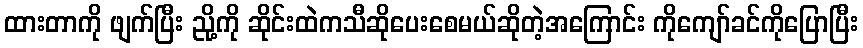
ထားတာကို ဖျက်ပြီး ညို့ကို ဆိုင်းထဲကသီဆိုပေးစေမယ်ဆိုတဲ့အကြောင်း ကိုကျော်ခင်ကိုပြောပြီး